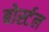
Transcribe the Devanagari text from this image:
बोर्स्टल